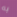
به